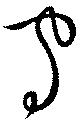
守